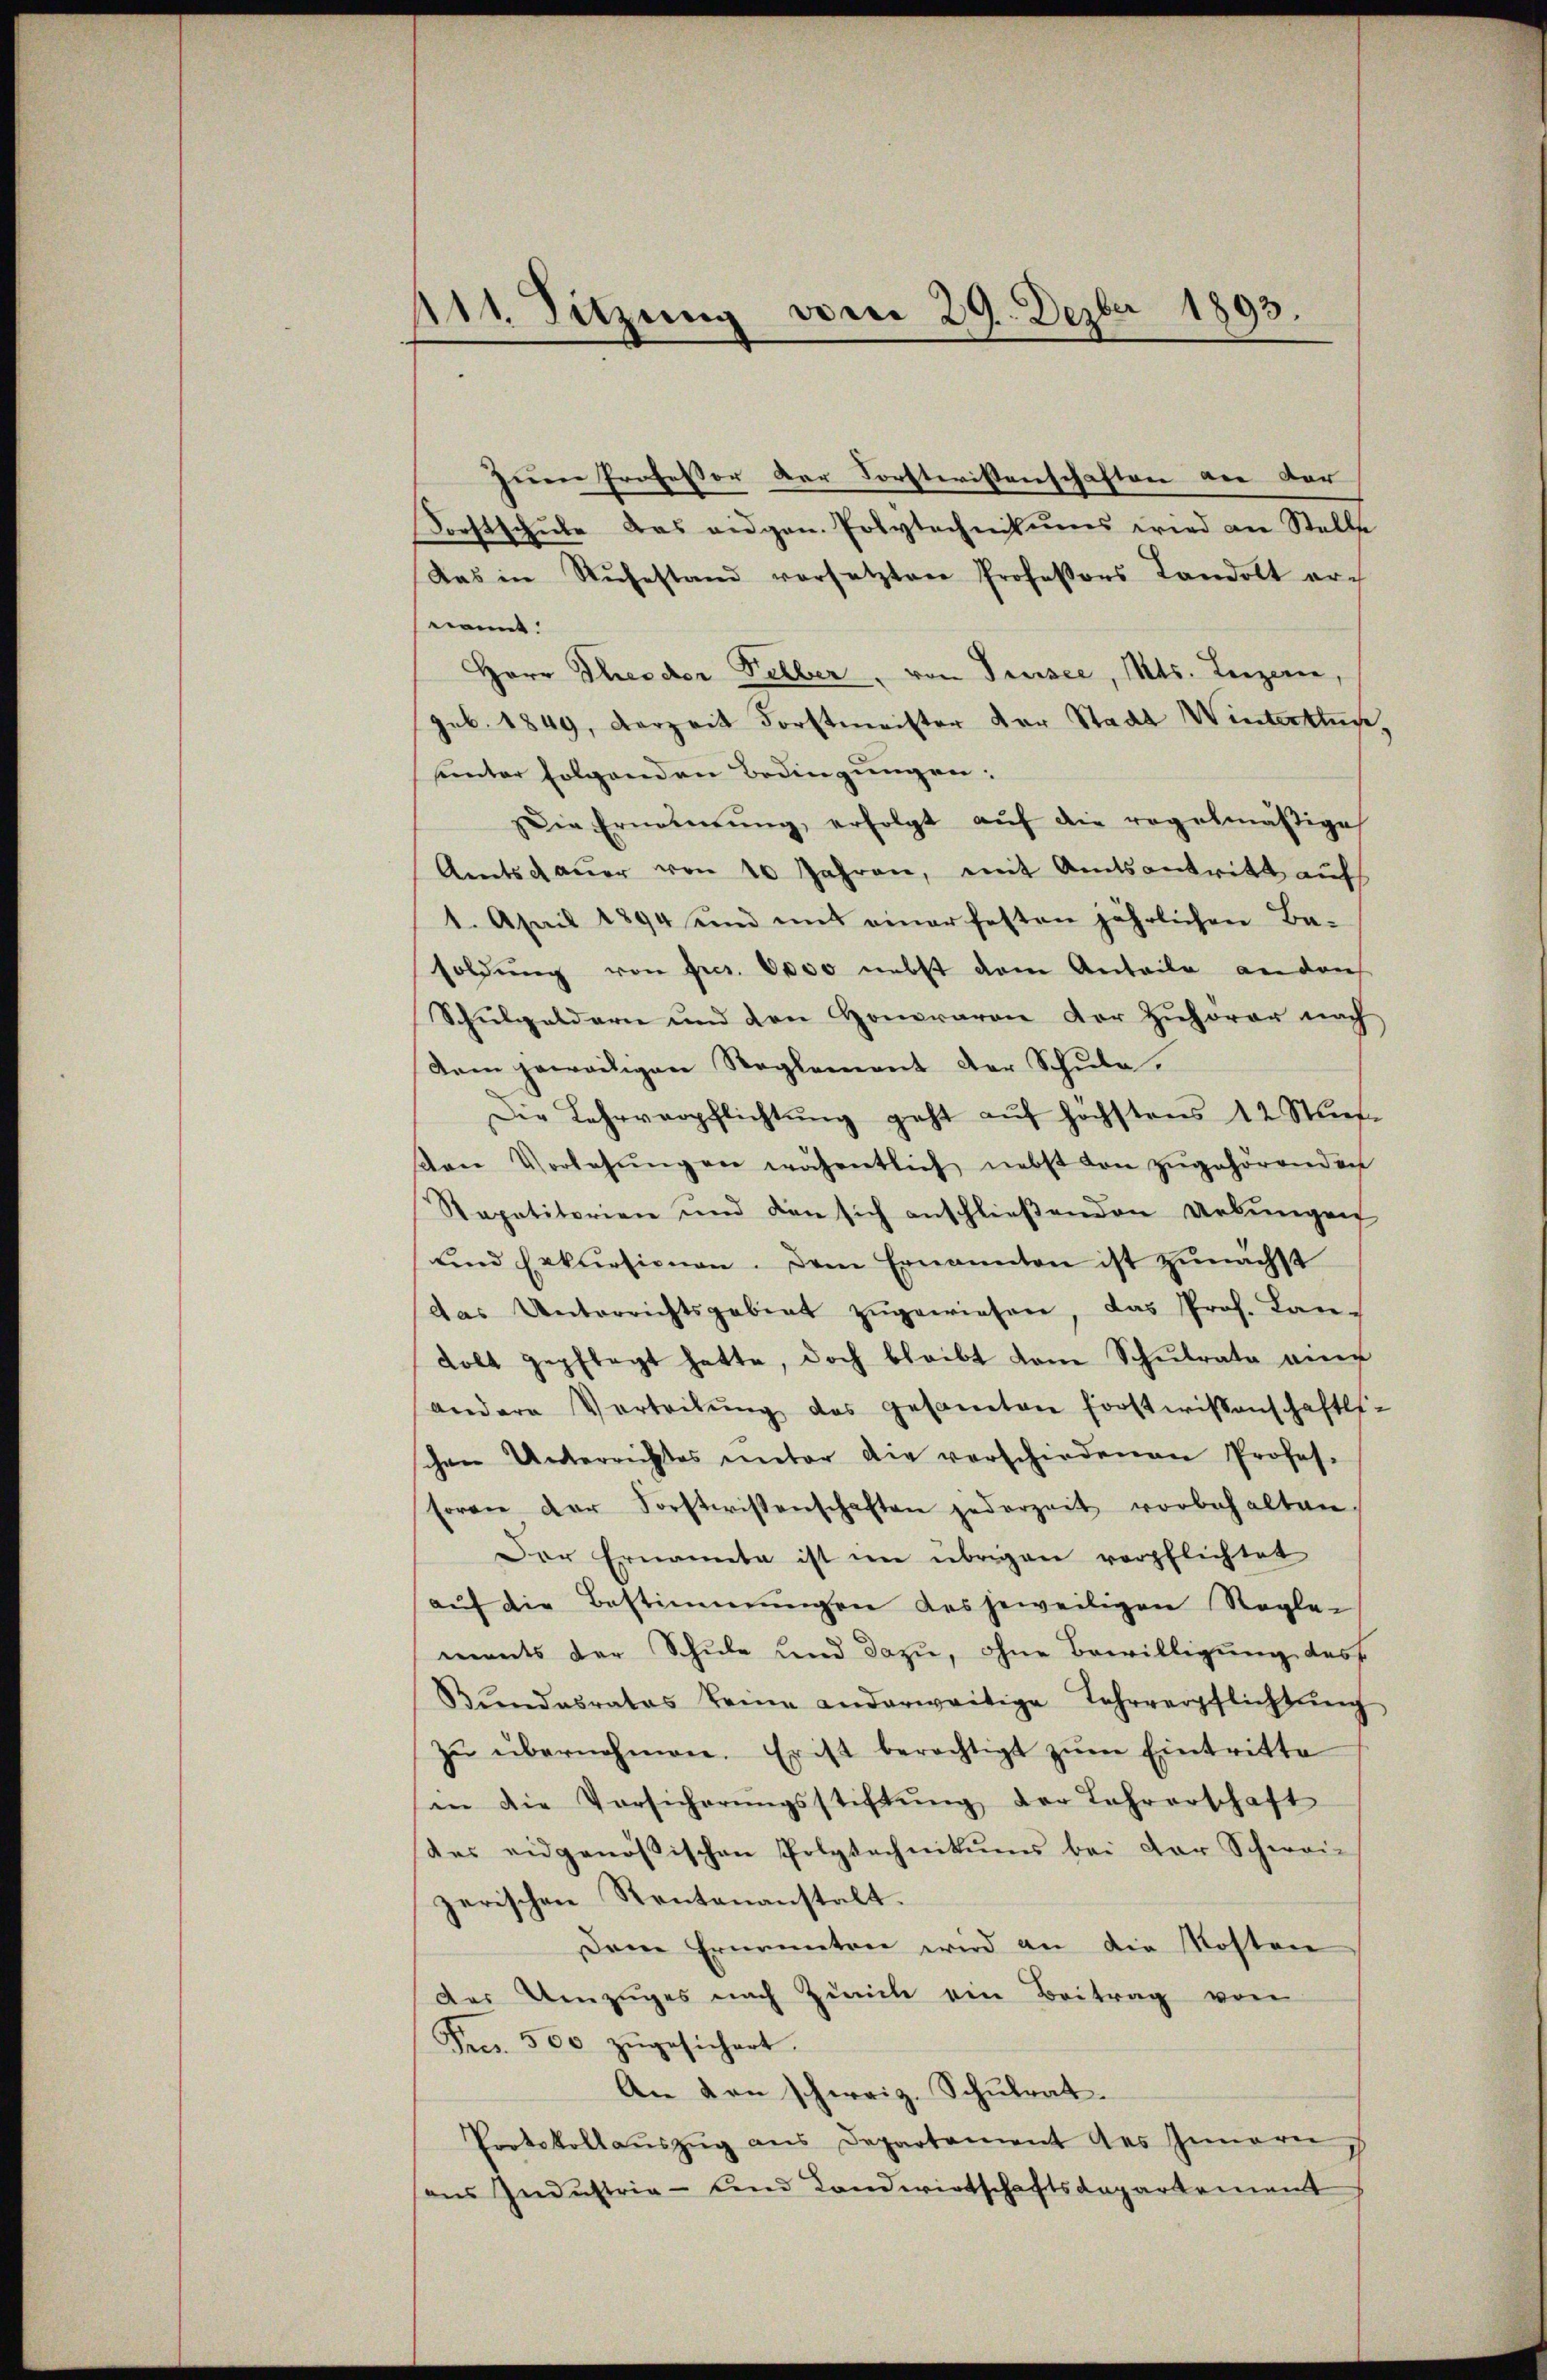
111. Sitzung vom 29. Dezbr 1893.

zum Professor der Forstwissenschaften an der
Forstschŭle das eidgen. Polytechnikums wird an Stelle
Das in Rŭhestand versetzten Professors Landolt er-
ermit
Herr Theodor Felber, von Trussee, Mts. Luzern,
geb. 1849, derzeit Forstmeister der Stadt Winterthur,
unter folgenden Bedingungen:
Die Ernennung, erfolgt aŭf die regelmäßige
Amtsdauer von 10 Jahren, mit Amtsantritt auf
1. April 1894 und mit einer festen jährlichen Ba-
soldŭng von fres. 6000 nebst dem Anteile an den
Schulgeldern und den Honoraren der Zuhörer nach
Nam jeweiligen Reglement der Schule.
Die Lehrverpflichtŭng geht aŭf höchstens 12 Stief-
ven Vorlesŭngen wähentlich nebst von zŭgehörenden
Rapetitorien und den sich anschließenden Uebungen
und Erkursionen. Dem Ernannten ist zŭnächst
das Unterrichtsgebiet zŭgewiesen, das Prof. Lan-
Kolt gepflegt hatte, doch bleibt dem Schulrate auch
andere Vorteilŭng des gesamten forstwissenschaftli-
schen Unterrichtes unter die verschiedenen Profes-
soren der Forstwissenschaften jederzeit vorbehalten.
Der Ernannte ist im übrigen verpflichtet
aŭf die Bestimmungen des jeweiligen Regle-
ments der Schule und dazu, ohne Bewilligung des
Bŭndesrates keine anderweitige Lehrverpflichtŭng
zŭ übernehmen. Er ist berechtigt zŭm Eintritte
in die Vorsicherŭngsstiftŭng der Lehrerschaft
des eidgenössischen Polytechnikums bei der Schwei-
zerischen Rentananstalt.
Dem Ernennten wird an die Kosten
der Umzuges nach Zürich ein Beitrag von
Fr. 500 zŭgesichert.
An den schweiz. Schulrat.
Protokollaŭszŭg ans Departement des Innern
as Industria - und Landwirtschaftsdepartement